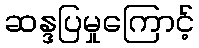
ဆန္ဒပြမှုကြောင့်